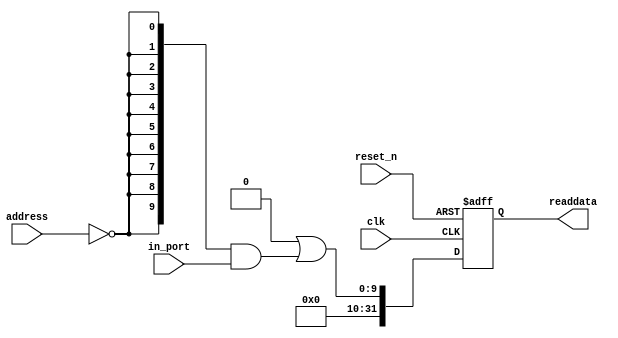
//Legal Notice: (C)2022 Altera Corporation. All rights reserved.  Your
//use of Altera Corporation's design tools, logic functions and other
//software and tools, and its AMPP partner logic functions, and any
//output files any of the foregoing (including device programming or
//simulation files), and any associated documentation or information are
//expressly subject to the terms and conditions of the Altera Program
//License Subscription Agreement or other applicable license agreement,
//including, without limitation, that your use is for the sole purpose
//of programming logic devices manufactured by Altera and sold by Altera
//or its authorized distributors.  Please refer to the applicable
//agreement for further details.

// synthesis translate_off
`timescale 1ns / 1ps
// synthesis translate_on

// turn off superfluous verilog processor warnings 
// altera message_level Level1 
// altera message_off 10034 10035 10036 10037 10230 10240 10030 

module Qsys_sw (
                 // inputs:
                  address,
                  clk,
                  in_port,
                  reset_n,

                 // outputs:
                  readdata
               )
;

  output  [ 31: 0] readdata;
  input   [  1: 0] address;
  input            clk;
  input   [  9: 0] in_port;
  input            reset_n;


wire             clk_en;
wire    [  9: 0] data_in;
wire    [  9: 0] read_mux_out;
reg     [ 31: 0] readdata;
  assign clk_en = 1;
  //s1, which is an e_avalon_slave
  assign read_mux_out = {10 {(address == 0)}} & data_in;
  always @(posedge clk or negedge reset_n)
    begin
      if (reset_n == 0)
          readdata <= 0;
      else if (clk_en)
          readdata <= {32'b0 | read_mux_out};
    end


  assign data_in = in_port;

endmodule